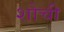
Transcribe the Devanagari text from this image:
शोची